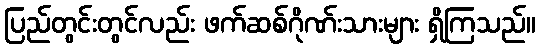
ပြည်တွင်းတွင်လည်း ဖက်ဆစ်ဂိုဏ်းသားများ ရှိကြသည်။